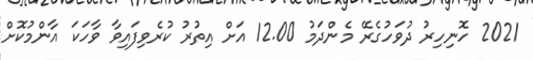
2021 ހޮނިހިރު ދުވަހުގެރޭ މެންދަމު 12.00 އަށް އިތުރު ކުރެވިފައިވާ ވާހަކަ އާންމުކޮށް